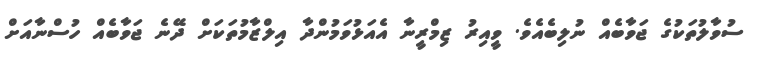
ސުވާލުތަކުގެ ޖަވާބެއް ނުލިބެއެވެ. ވީއިރު ޒިމްރީނާ އެއަޅުވަމުންދާ އިލްޒާމުތަކަށް ދޭނެ ޖަވާބެއް ހުސްނާއަށް